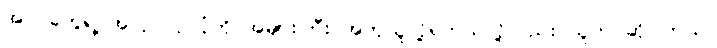
အပင်တွေရဲ့ အလုပ်လုပ်ပုံကို အများကြီး အတုယူလို့ရတယ်လို့လည်း သူက ဆိုပါတယ်။